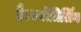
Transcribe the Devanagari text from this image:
है।ज्योतिर्लिंग